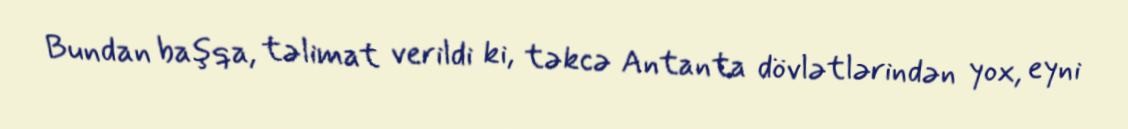
Bundan başqa, təlimat verildi ki, təkcə Antanta dövlətlərindən yox, eyni